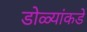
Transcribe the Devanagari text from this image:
डोळ्यांकडे